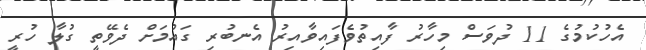
އެހުކުމުގެ 11 ދުވަސް މިހާރު ފާއިތުވެފައިވާއިރު އެނބުރި ގައުމަށް ދެވޭތީ ގުލާ ހުރީ